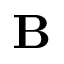
{ \bf { B } }